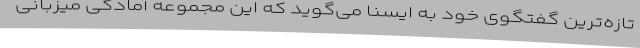
تازه‌ترین گفتگوی خود به ایسنا می‌گوید که این مجموعه آمادگی میزبانی